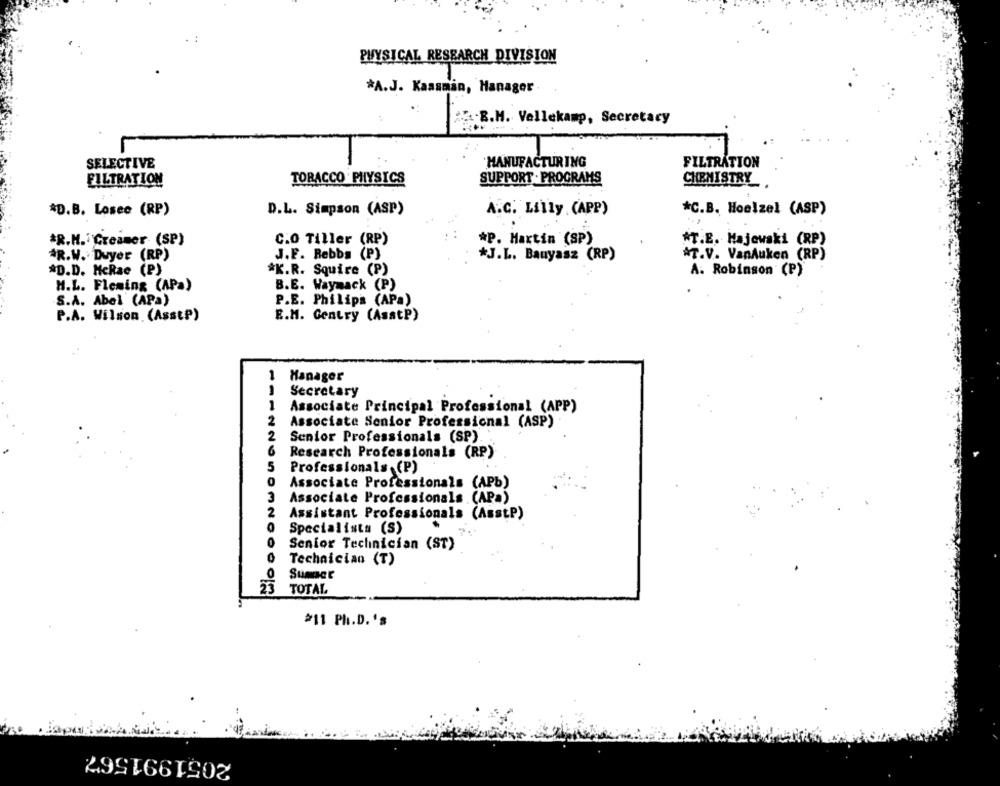
PHYSICAL RESEARCH DIVISION
*A.J. Kaasmin, Hanager
:B.M. Vellekamp, Secretary
SELECTIVE
MANUFACTURING
FILTRATION
FILTRATION
TORACCO PHYSICS
SUPPORT . PROGRAMS
CHEMISTRY
*D.B. Losee (RP)
D.L. Simpson (ASP)
A.C. Lilly (APP)
*C.B. Hoelzel (ASP)
*R.H. Creamer (SP)
C.O Tiller (RP)
*P. Martin (SP)
*T.E. Majewski (RP)
AR.W. Duyer (RP)
J.F. Rebbs (P)
*J.L. Bauyasz (RP)
AT.V. VanAuken (RP)
*D.D. McRae (P)
*K.R. Squire (P)
A. Robinson (P)
H.L. Fleming (APa)
B.E. Waymack (P)
S.A. Abel (APa)
P.E. Philips (APa)
P.A. Wilson (AsstP)
E.M. Gentry (AsatP)
Manager
Secretary
Associate Principal Professional (APP)
2
Associate Senior Professional (ASP)
2
Senior Professionals (SP).
6
Research Professionals (RP)
5
Professionals (P)
0
Associate Professionals (APb)
3
Associate Professionals (APa)
2
Assistant Professionals (AsstP)
0
Specialista (S)
0
Senior Technician (ST)
0
Technician (T)
Sumer
23
TOTAL
#11 Ph.D. 's
2051991567